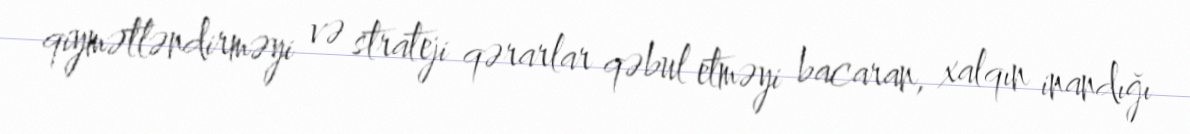
qiymətləndirməyi və strateji qərarlar qəbul etməyi bacaran, xalqın inandığı